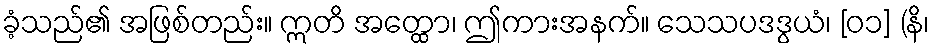
ခံ့သည်၏ အဖြစ်တည်း။ ဣတိ အတ္ထော၊ ဤကားအနက်။ သေသပဒဒွယံ၊ [၀၁] (နိ၊